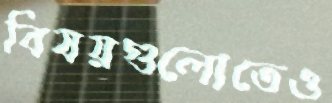
বিষয়গুলোতেও